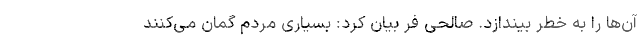
آن‌ها را به خطر بیندازد. صالحی فر بیان کرد: بسیاری مردم گمان می‌کنند